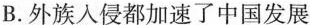
B.外族入侵都加速了中国发展